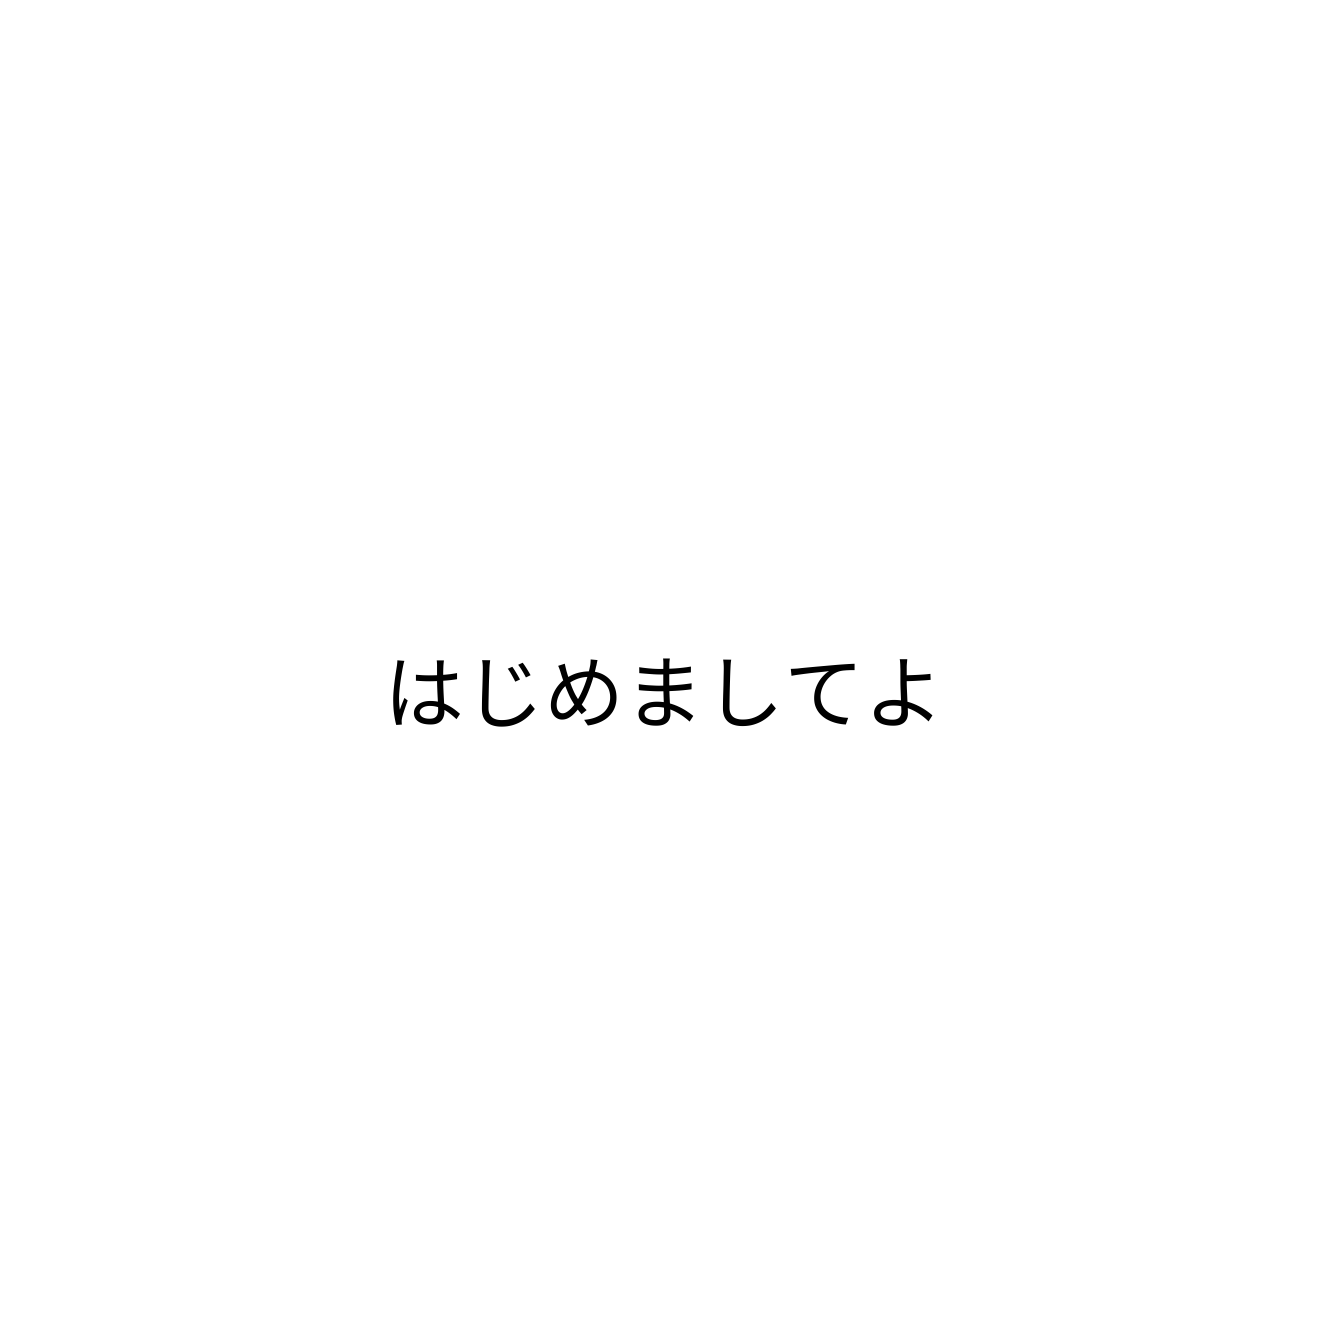
はじめましてよ